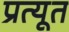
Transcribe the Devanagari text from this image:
प्रत्यूत